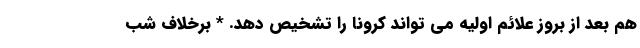
هم بعد از بروز علائم اولیه می تواند کرونا را تشخیص دهد. * برخلاف شب